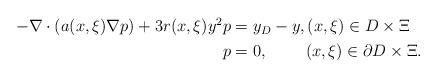
LaTeX: \begin{align*}\begin{aligned}-\nabla \cdot (a(x,\xi) \nabla p) + 3 r(x,\xi)y^2 p &= y_D-y, (x,\xi) \in D \times \Xi \\p &=0,\phantom{- y_D} \phantom{t}(x,\xi) \in \partial D \times \Xi.\end{aligned}\end{align*}